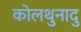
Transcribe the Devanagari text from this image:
कोलथुनादु